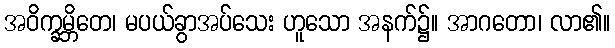
အဝိက္ခမ္ဘိတေ၊ မပယ်ခွာအပ်သေး ဟူသော အနက်၌။ အာဂတော၊ လာ၏။